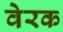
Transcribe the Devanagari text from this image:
वेरक